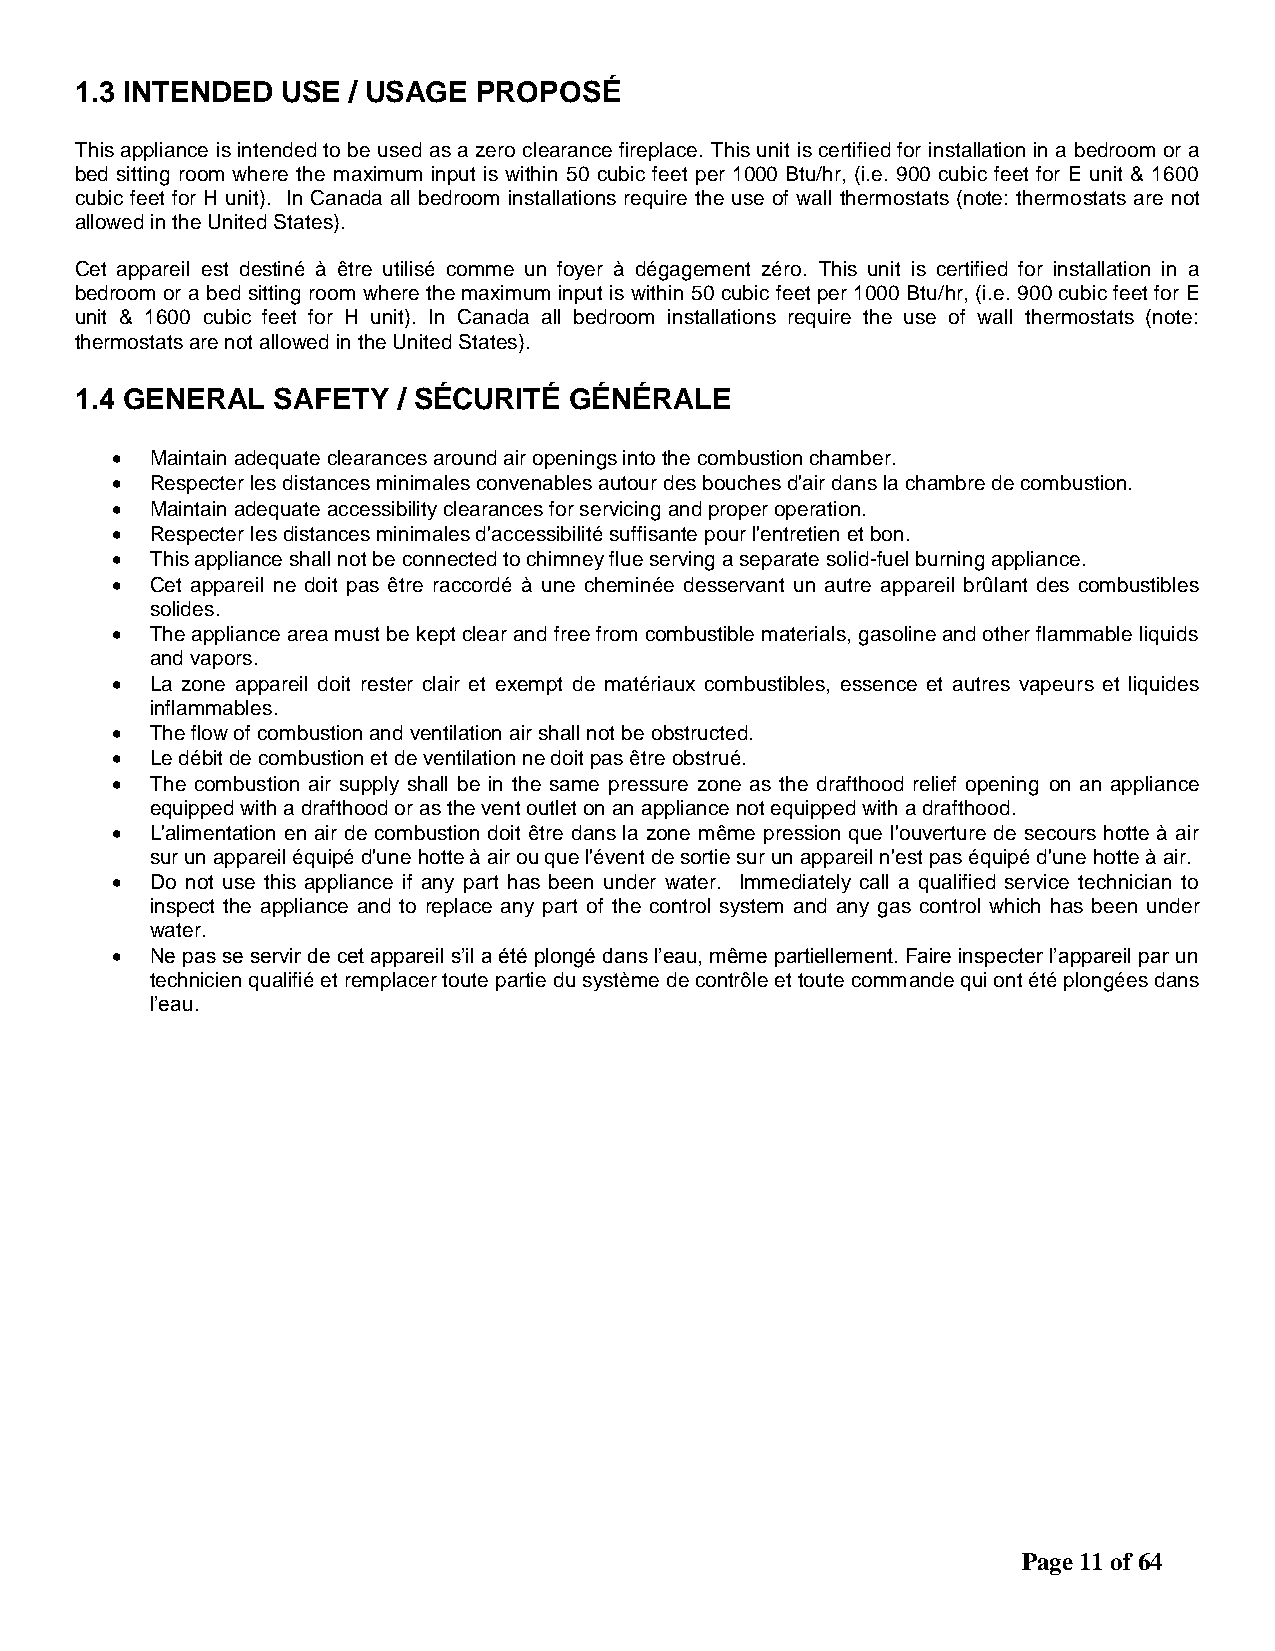
1.3 INTENDED  USE / USAGE  PROPOSÉ
 This appliance is intended to be used as a zero clearance fireplace. This unit is certified for installation in a bedroom or a
 bed sitting room where the maximum input is within 50 cubic feet per 1000 Btu/hr, (i.e. 900 cubic feet for E unit & 1600
 cubic feet for H unit). In Canada all bedroom installations require the use of wall thermostats (note: thermostats are not
 allowed in the United States).
 Cet appareil est destiné à être utilisé comme un foyer à dégagement zéro. This unit is certified for installation in a
 bedroom or a bed sitting room where the maximum input is within 50 cubic feet per 1000 Btu/hr, (i.e. 900 cubic feet for E
 unit & 1600 cubic feet for H unit). In Canada all bedroom installations require the use of wall thermostats (note:
 thermostats are not allowed in the United States).
 1.4 GENERAL  SAFETY  / SÉCURITÉ  GÉNÉRALE
   Maintain adequate clearances around air openings into the combustion chamber.
   Respecter les distances minimales convenables autour des bouches d'air dans la chambre de combustion.
   Maintain adequate accessibility clearances for servicing and proper operation.
   Respecter les distances minimales d'accessibilité suffisante pour l'entretien et bon.
   This appliance shall not be connected to chimney flue serving a separate solid-fuel burning appliance.
   Cet appareil ne doit pas être raccordé à une cheminée desservant un autre appareil brûlant des combustibles
 solides.
   The appliance area must be kept clear and free from combustible materials, gasoline and other flammable liquids
 and vapors.
   La zone appareil doit rester clair et exempt de matériaux combustibles, essence et autres vapeurs et liquides
 inflammables.
   The flow of combustion and ventilation air shall not be obstructed.
   Le débit de combustion et de ventilation ne doit pas être obstrué.
   The combustion air supply shall be in the same pressure zone as the drafthood relief opening on an appliance
 equipped with a drafthood or as the vent outlet on an appliance not equipped with a drafthood.
   L'alimentation en air de combustion doit être dans la zone même pression que l'ouverture de secours hotte à air
 sur un appareil équipé d'une hotte à air ou que l'évent de sortie sur un appareil n'est pas équipé d'une hotte à air.
   Do not use this appliance if any part has been under water. Immediately call a qualified service technician to
 inspect the appliance and to replace any part of the control system and any gas control which has been under
 water.
   Ne pas se servir de cet appareil s’il a été plongé dans l’eau, même partiellement. Faire inspecter l’appareil par un
 technicien qualifié et remplacer toute partie du système de contrôle et toute commande qui ont été plongées dans
 l’eau.
 Page 11 of 64